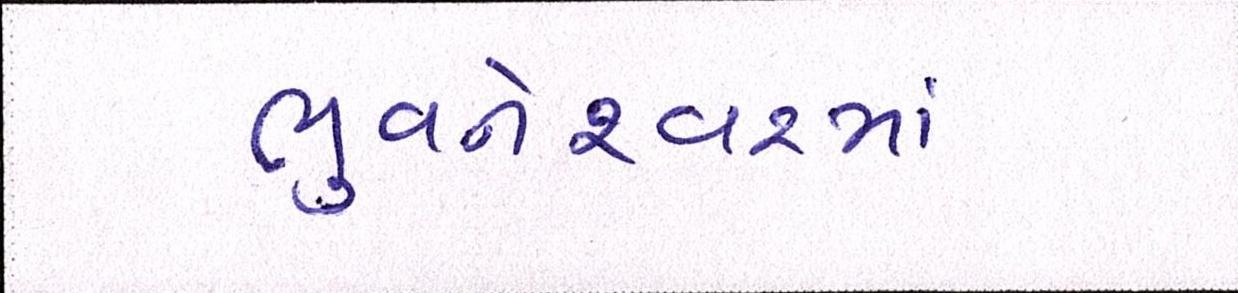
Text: ભુવનેશ્ર્વરમાં